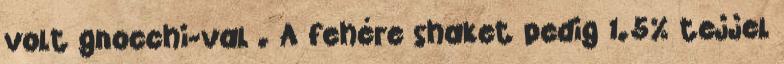
volt gnocchi-val . A fehére shaket pedig 1.5% tejjel